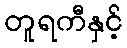
တူရကီနှင့်